Treatise on elephants
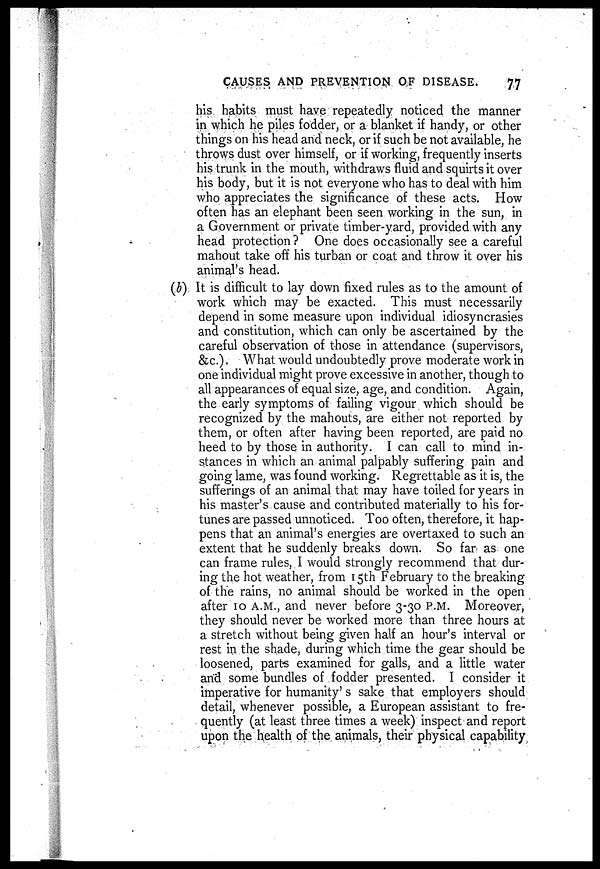
CAUSES AND PREVENTION OF DISEASE.
77
his habits must have repeatedly noticed the manner
in which he piles fodder, or a blanket if handy, or other
things on his head and neck, or if such be not available, he
throws dust over himself, or if working, frequently inserts
his trunk in the mouth, withdraws fluid and squirts it over
his body, but it is not everyone who has to deal with him
who appreciates the significance of these acts. How
often has an elephant been seen working in the sun, in
a Government or private timber-yard, provided with any
head protection? One does occasionally see a careful
mahout take off his turban or coat and throw it over his
animal's head.
(b) It is difficult to lay down fixed rules as to the amount of
work which may be exacted. This must necessarily
depend in some measure upon individual idiosyncrasies
and constitution, which can only be ascertained by the
careful observation of those in attendance (supervisors,
&c.). What would undoubtedly prove moderate work in
one individual might prove excessive in another, though to
all appearances of equal size, age, and condition. Again,
the early symptoms of failing vigour which should be
recognized by the mahouts, are either not reported by
them, or often after having been reported, are paid no
heed to by those in authority. I can call to mind in-
stances in which an animal palpably suffering pain and
going lame, was found working. Regrettable as it is, the
sufferings of an animal that may have toiled for years in
his master's cause and contributed materially to his for-
tunes are passed unnoticed. Too often, therefore, it hap-
pens that an animal's energies are overtaxed to such an
extent that he suddenly breaks down. So far as one
can frame rules, I would strongly recommend that dur-
ing the hot weather, from 15th February to the breaking
of the rains, no animal should be worked in the open
after 10 A.M., and never before 3-30 P.M. Moreover,
they should never be worked more than three hours at
a stretch without being given half an hour's interval or
rest in the shade, during which time the gear should be
loosened, parts examined for galls, and a little water
and some bundles of fodder presented. I consider it
imperative for humanity's sake that employers should
detail, whenever possible, a European assistant to fre-
quently (at least three times a week) inspect and report
upon the health of the animals, their physical capability